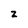
Character: z